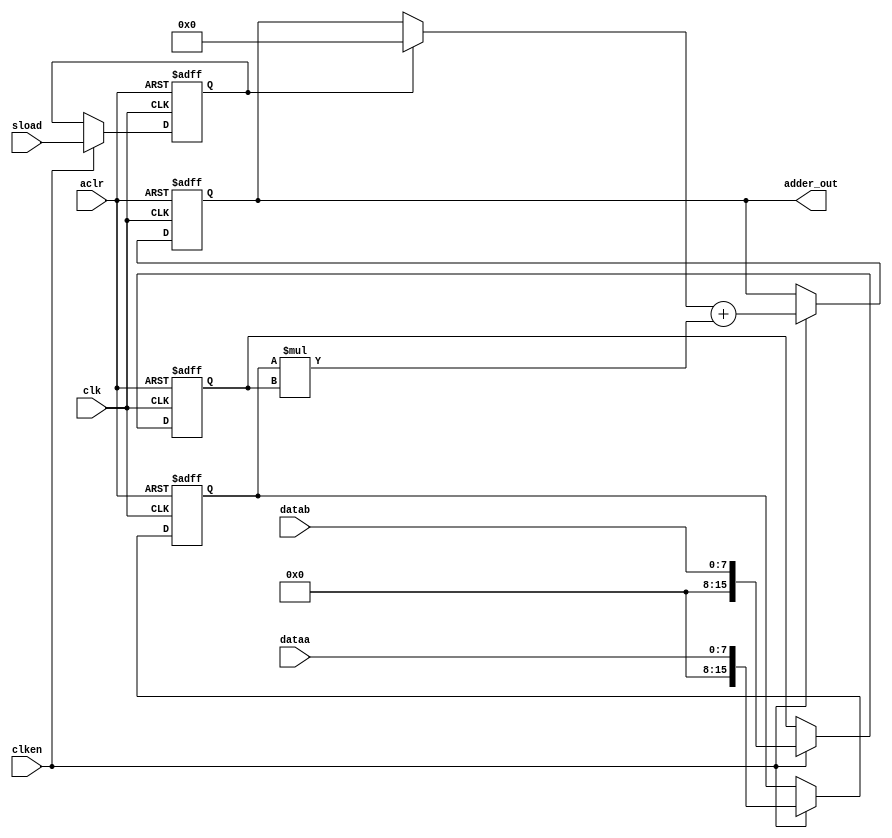
module unsig_altmult_accum
(
	input [7:0] dataa,
	input [7:0] datab,
	input clk, aclr, clken, sload,
	output reg [15:0] adder_out
);

	// Declare registers and wires
	reg  [15:0] dataa_reg, datab_reg;
	reg  sload_reg;
	reg	 [15:0] old_result;
	wire [15:0] multa;
	
	// Store the results of the operations on the current data
	assign multa = dataa_reg * datab_reg;
	
	// Store the value of the accumulation (or clear it)
	always @ (adder_out, sload_reg)
	begin
		if (sload_reg)
			old_result <= 0;
		else
			old_result <= adder_out;
	end
	
	// Clear or update data, as appropriate
	always @ (posedge clk or posedge aclr)
	begin
		if (aclr)
		begin
			dataa_reg <= 0;
			datab_reg <= 0;
			sload_reg <= 0;
			adder_out <= 0;
		end
		
		else if (clken)
		begin
			dataa_reg <= dataa;
			datab_reg <= datab;
			sload_reg <= sload;
			adder_out <= old_result + multa;
		end
	end
endmodule